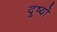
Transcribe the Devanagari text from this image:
दूष्यों